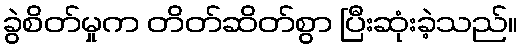
ခွဲစိတ်မှုက တိတ်ဆိတ်စွာ ပြီးဆုံးခဲ့သည်။